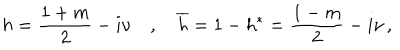
LaTeX: h = \frac { 1 + m } 2 - i \nu \quad , \quad \overline { { { h } } } = 1 - h ^ { * } = \frac { 1 - m } 2 - i \nu \, ,